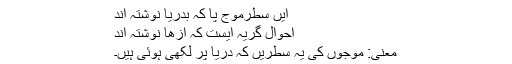
ایں سطرموج پا کہ بدریا نوشتہ اند
احوالِ گریہ ایست کہ ازھا نوشتہ اند
معنی: موجوں کی یہ سطریں کہ دریا پر لکھی ہوئی ہیں۔